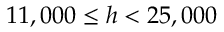
1 1 , 0 0 0 \leq h < 2 5 , 0 0 0